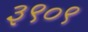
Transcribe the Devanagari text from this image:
३९०९